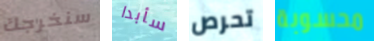
سنخرجك سأبدا تحرص محسوبة